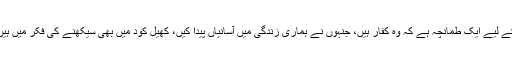
یہ ہماری شعوری سطح کے لیے ایک طمانچہ ہے کہ وہ کفار ہیں، جنہوں نے ہماری زندگی میں آسانیاں پیدا کیں، کھیل کود میں بھی سیکھنے کی فکر میں ہیں اور ہم کیا کر رہے ہیں؟